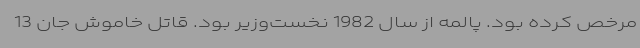
مرخص کرده بود. پالمه از سال 1982 نخست‌وزیر بود. قاتل خاموش جان 13